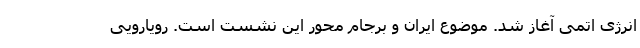
انرژی اتمی آغاز شد. موضوع ایران و برجام محور این نشست است‌. رویارویی